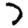
Digit: 7